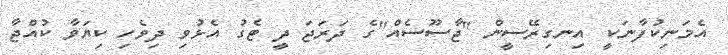
އެމަނިކުފާނަކީ އިނގިރޭސީން "ޖާސޫސެއް"ގެ ދަރަޖަ ދީ ޓެގު އެޅުވި ދިވެހި ކިޔަވާ ކުއްޖާ